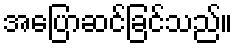
အပြောဆင်ခြင်သည်။